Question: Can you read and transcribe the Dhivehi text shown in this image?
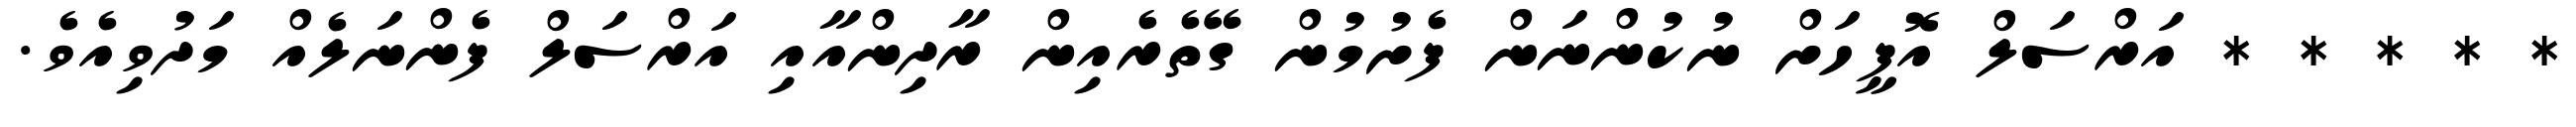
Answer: * * * * * އަރްސަލް އޮފީހަށް ނުކުންނަން ފެށުމުން ގޭތެރެއިން ރާދިންއާއި އަރްސަލް ފެންނަލެއް މަދުވިއެވެ.